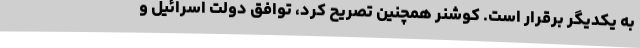
به یکدیگر برقرار است. کوشنر همچنین تصریح کرد، توافق دولت اسرائیل و